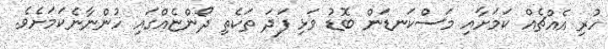
ހުރި އެއްޗެއް ކަމަށާއި މަސްކަނޑަން ބޮޑު ވަޅި ފަދަ ތަކެތި ދޯންޏެއްގައި ހުންނާނެކަމަށެވެ.